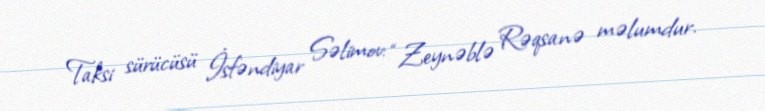
Taksi sürücüsü İsfəndiyar Səlimov: “Zeynəblə Rəqsanə məlumdur.